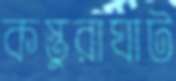
কস্তুরাঘাট